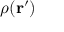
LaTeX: \rho ( \mathbf { r ^ { \prime } } )